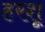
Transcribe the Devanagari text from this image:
हरशू